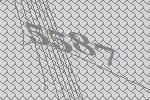
5587